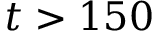
t > 1 5 0